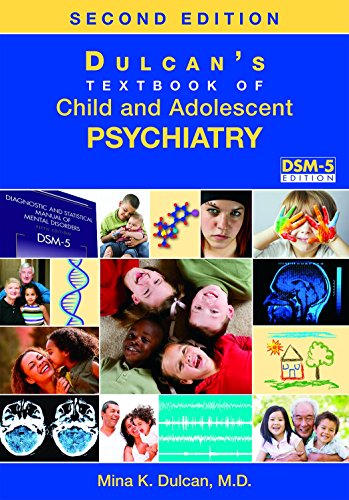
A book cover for Dulcan's Textbook of Child and Adolescent Psychiatry; Mina K. Dulcan; Medical Books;